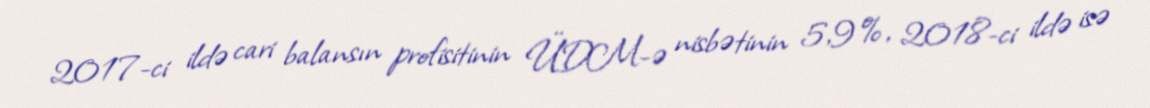
2017-ci ildə cari balansın profisitinin ÜDM-ə nisbətinin 5,9%, 2018-ci ildə isə